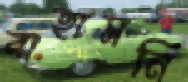
বাহামনি